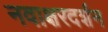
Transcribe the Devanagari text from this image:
नवाक्षरदर्शन